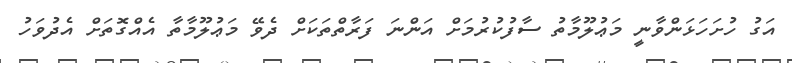
އަގު ހުށަހަޅަންވާނީ މަޢުލޫމާތު ސާފުކުރުމަށް އަންނަ ފަރާތްތަކަށް ދެވޭ މަޢުލޫމާތާ އެއްގޮތަށް އެދުވަހު